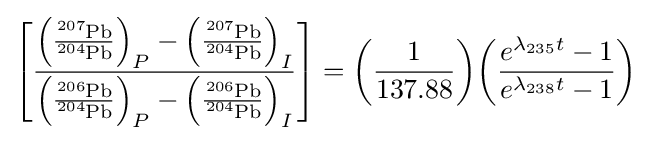
\left[{\frac {\left({\frac {{\ce {^{207}Pb}}}{{\ce {^{204}Pb}}}}\right)_{P}-\left({\frac {{\ce {^{207}Pb}}}{{\ce {^{204}Pb}}}}\right)_{I}}{\left({\frac {{\ce {^{206}Pb}}}{{\ce {^{204}Pb}}}}\right)_{P}-\left({\frac {{\ce {^{206}Pb}}}{{\ce {^{204}Pb}}}}\right)_{I}}}\right]={\left({\frac {1}{137.88}}\right)}{\left({\frac {e^{\lambda _{235}t}-1}{e^{\lambda _{238}t}-1}}\right)}